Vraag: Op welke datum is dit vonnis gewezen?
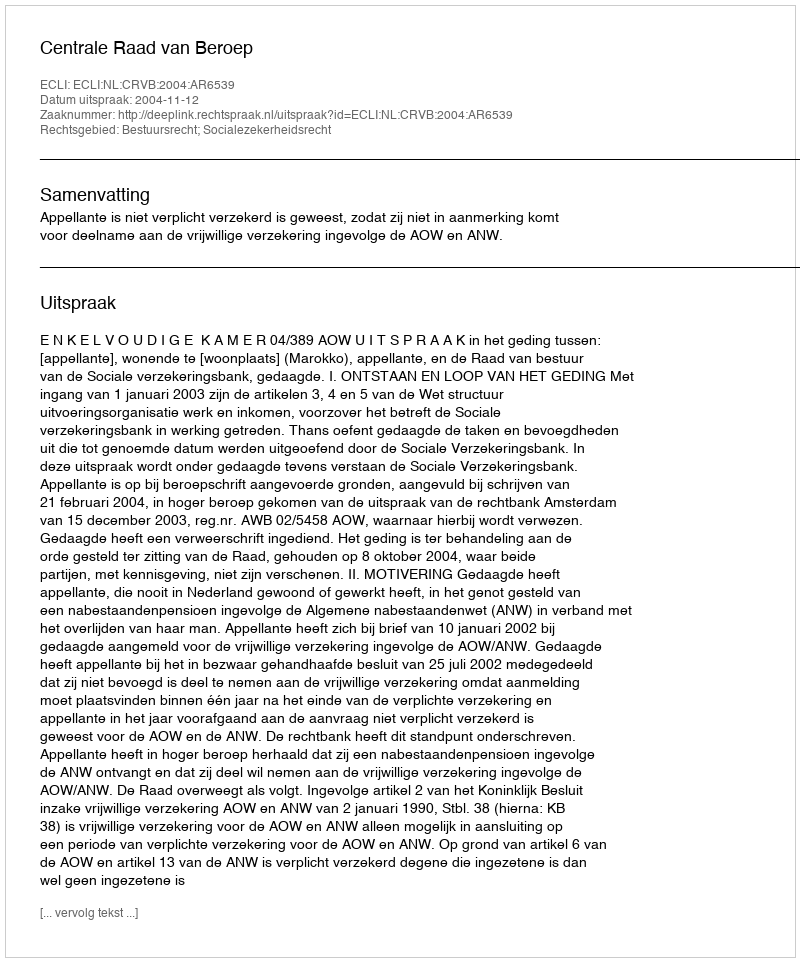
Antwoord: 2004-11-12